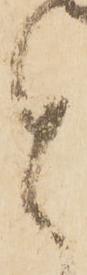
と